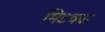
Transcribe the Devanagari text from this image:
मिटक्या